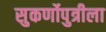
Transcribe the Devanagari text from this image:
सुकर्णोपुत्रीला